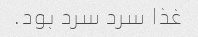
غذا سرد سرد بود.